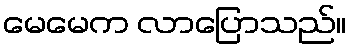
မေမေက လာပြောသည်။